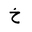
Letter: _kha